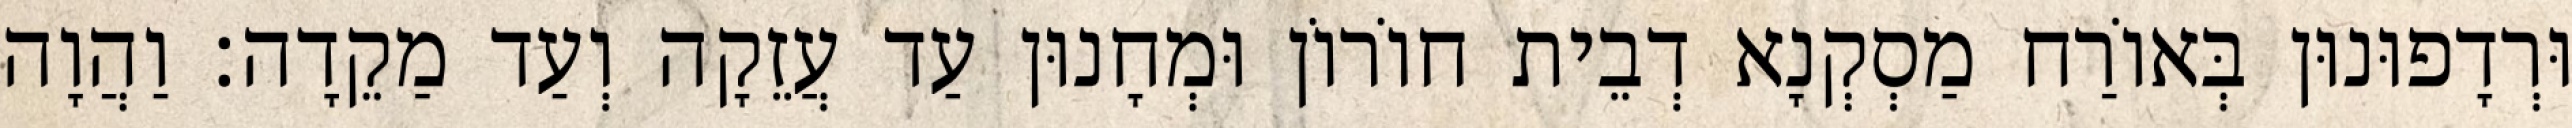
וּרְדָפוּנוּן בְּאוֹרַח מַסְקְנָא דְבֵית חוֹרוֹן וּמְחָנוּן עַד עֲזֵקָה וְעַד מַקֵדָה׃ וַהֲוָה